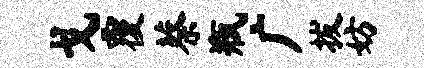
戈覆蔡瓶广拔妨